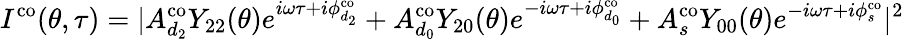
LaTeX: I^{\mathrm{{co}}}(\theta,\tau)=|A_{d_{2}}^{\mathrm{{co}}}Y_{22}(\theta)e^{i\omega\tau+i\phi_{d_{2}}^{\mathrm{{co}}}}+A_{d_{0}}^{\mathrm{{co}}}Y_{20}(\theta)e^{-i\omega\tau+i\phi_{d_{0}}^{\mathrm{{co}}}}+A_{s}^{\mathrm{{co}}}Y_{00}(\theta)e^{-i\omega\tau+i\phi_{s}^{\mathrm{{co}}}}|^{2}